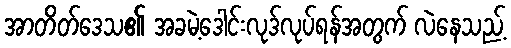
အာတိတ်ဒေသ၏ အခမဲ့ဒေါင်းလုဒ်လုပ်ရန်အတွက် လဲနေသည့်